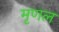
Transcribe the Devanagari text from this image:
मृणल